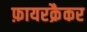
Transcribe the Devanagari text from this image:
फ़ायरक्रैकर